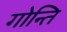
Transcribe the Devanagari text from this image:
गोन्ति